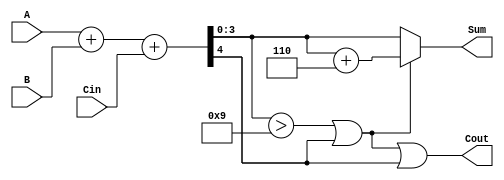
module BCD_Adder (
    input  wire [3:0] A,    // First BCD digit
    input  wire [3:0] B,    // Second BCD digit
    input  wire Cin,        // Carry-in
    output wire [3:0] Sum,   // BCD result
    output wire Cout         // Carry-out
);

    wire [4:0] temp_sum;     // 5-bit temp_sum to hold A + B + Cin
    wire correction;          // Flag for correction
    wire [4:0] corrected_sum; // Corrected sum after adding 6 if needed

    // Step 1: Add A, B, and Cin
    assign temp_sum = A + B + Cin;

    // Step 2: Check if correction is needed
    assign correction = (temp_sum[3:0] > 4'd9) || temp_sum[4];

    // Step 3: Perform correction if needed
    assign corrected_sum = correction ? (temp_sum + 5'b00110) : temp_sum;

    // Final outputs
    assign Sum = corrected_sum[3:0]; // Lower 4 bits for BCD result
    assign Cout = correction || temp_sum[4]; // Carry-out if correction occurred or if there's a carry out from the addition

endmodule